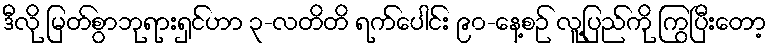
ဒီလို မြတ်စွာဘုရားရှင်ဟာ ၃-လတိတိ ရက်ပေါင်း ၉၀-နေ့စဉ် လူ့ပြည်ကို ကြွပြီးတော့